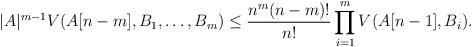
LaTeX: \begin{align*}|A|^{m-1}V(A[n-m],B_1,\dots, B_m)\le\frac{n^m(n-m)!}{n!}\prod_{i=1}^mV(A[n-1],B_i).\end{align*}